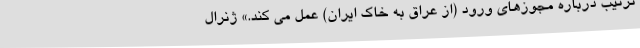
ترتیب درباره مجوزهای ورود (از عراق به خاک ایران) عمل می کند.» ژنرال